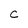
Character: C